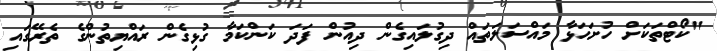
"ކޯޓްތަކަށް ހުށަހަޅާ މައްސަލަތައް ދިގުލައިގެން ދިއުން ފަދަ ކަންކަމާ ގުޅިގެން ރައްޔިތުންގެ ތެރޭގައި